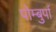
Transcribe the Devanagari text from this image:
पोम्बुर्पा